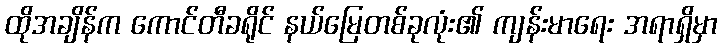
ထိုအချိန်က ကောင်တီခရိုင် နယ်မြေတစ်ခုလုံး၏ ကျန်းမာရေး အရာရှိမှာ